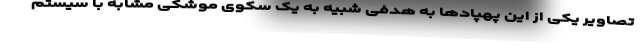
تصاویر یکی از این پهپادها به هدفی شبیه به یک سکوی موشکی مشابه با سیستم